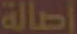
أصالة